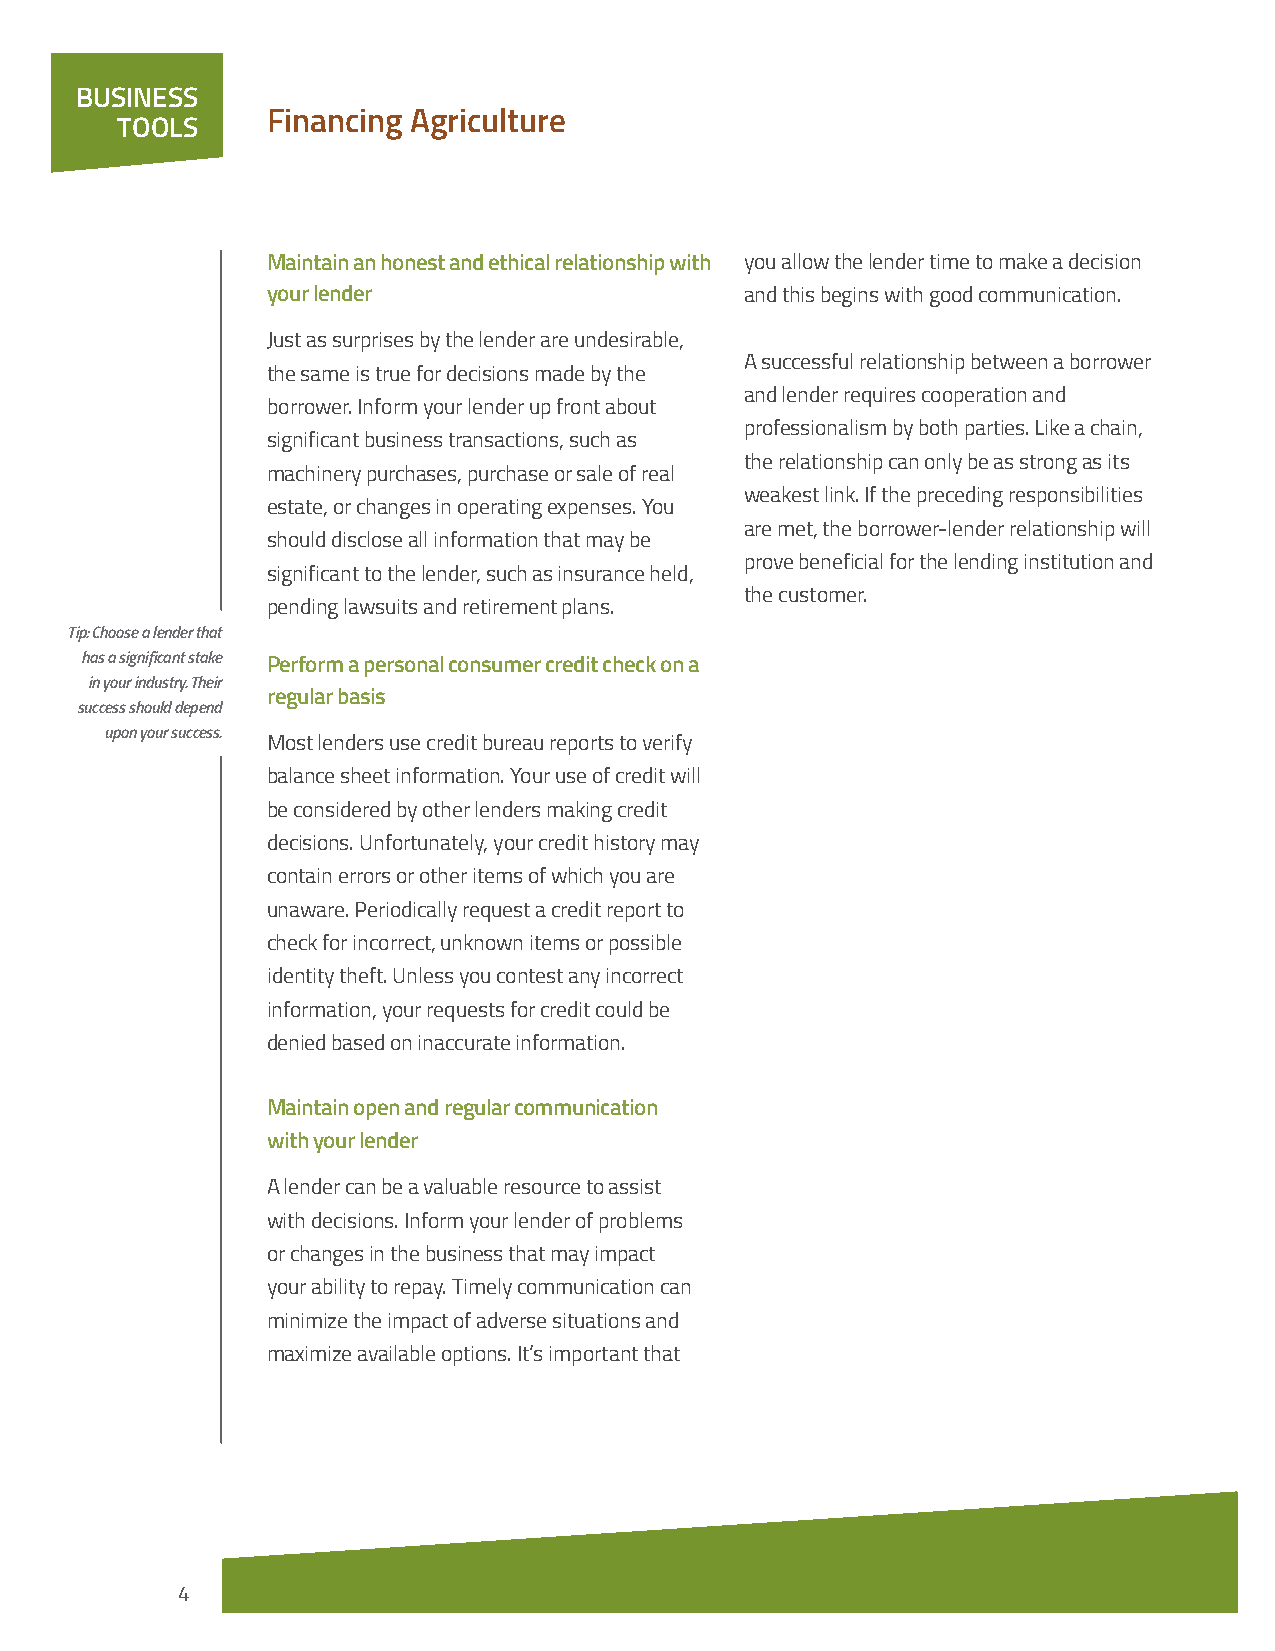
BUSINESS
 Financing Agriculture
 TOOLS
 Maintain an honest and ethical relationship with you allow the lender time to make a decision
 your lender                    and this begins with good communication.
 Just as surprises by the lender are undesirable,
 A successful relationship between a borrower
 the same is true for decisions made by the
 and lender requires cooperation and
 borrower. Inform your lender up front about
 professionalism by both parties. Like a chain,
 significant business transactions, such as
 the relationship can only be as strong as its
 machinery purchases, purchase or sale of real
 weakest link. If the preceding responsibilities
 estate, or changes in operating expenses. You
 are met, the borrower-lender relationship will
 should disclose all information that may be
 prove beneficial for the lending institution and
 significant to the lender, such as insurance held,
 the customer.
 pending lawsuits and retirement plans.
 Tip: Choose a lender that
 has a significant stake Perform a personal consumer credit check on a
 in your industry. Their
 regular basis
 success should depend
 upon your success.
 Most lenders use credit bureau reports to verify
 balance sheet information. Your use of credit will
 be considered by other lenders making credit
 decisions. Unfortunately, your credit history may
 contain errors or other items of which you are
 unaware. Periodically request a credit report to
 check for incorrect, unknown items or possible
 identity theft. Unless you contest any incorrect
 information, your requests for credit could be
 denied based on inaccurate information.
 Maintain open and regular communication
 with your lender
 A lender can be a valuable resource to assist
 with decisions. Inform your lender of problems
 or changes in the business that may impact
 your ability to repay. Timely communication can
 minimize the impact of adverse situations and
 maximize available options. It’s important that
 4